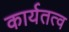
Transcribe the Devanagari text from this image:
कार्यतत्व